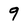
Character: 9